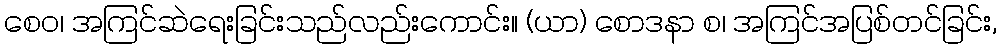
စေဝ၊ အကြင်ဆဲရေးခြင်းသည်လည်းကောင်း။ (ယာ) စောဒနာ စ၊ အကြင်အပြစ်တင်ခြင်း,